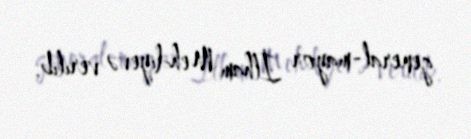
general-mayor İlham Mehdiyevə verilib.